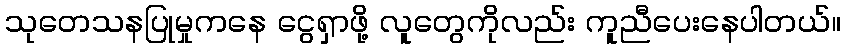
သုတေသနပြုမှုကနေ ငွေရှာဖို့ လူတွေကိုလည်း ကူညီပေးနေပါတယ်။